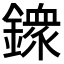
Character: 𨬹